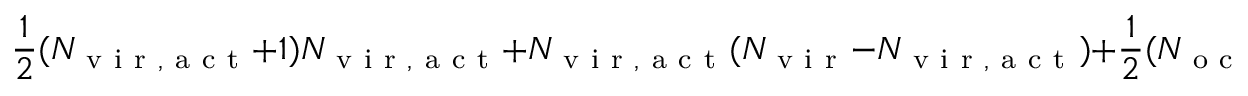
\frac { 1 } { 2 } ( N _ { \mathrm { ~ v ~ i ~ r ~ , ~ a ~ c ~ t ~ } } + 1 ) N _ { \mathrm { ~ v ~ i ~ r ~ , ~ a ~ c ~ t ~ } } + N _ { \mathrm { ~ v ~ i ~ r ~ , ~ a ~ c ~ t ~ } } ( N _ { \mathrm { ~ v ~ i ~ r ~ } } - N _ { \mathrm { ~ v ~ i ~ r ~ , ~ a ~ c ~ t ~ } } ) + \frac { 1 } { 2 } ( N _ { \mathrm { ~ o ~ c ~ c ~ , ~ a ~ c ~ t ~ } } + 1 ) N _ { \mathrm { ~ o ~ c ~ c ~ , ~ a ~ c ~ t ~ } } + N _ { \mathrm { ~ o ~ c ~ c ~ , ~ a ~ c ~ t ~ } } ( N _ { \mathrm { ~ o ~ c ~ c ~ } } - N _ { \mathrm { ~ o ~ c ~ c ~ , ~ a ~ c ~ t ~ } } ) ,